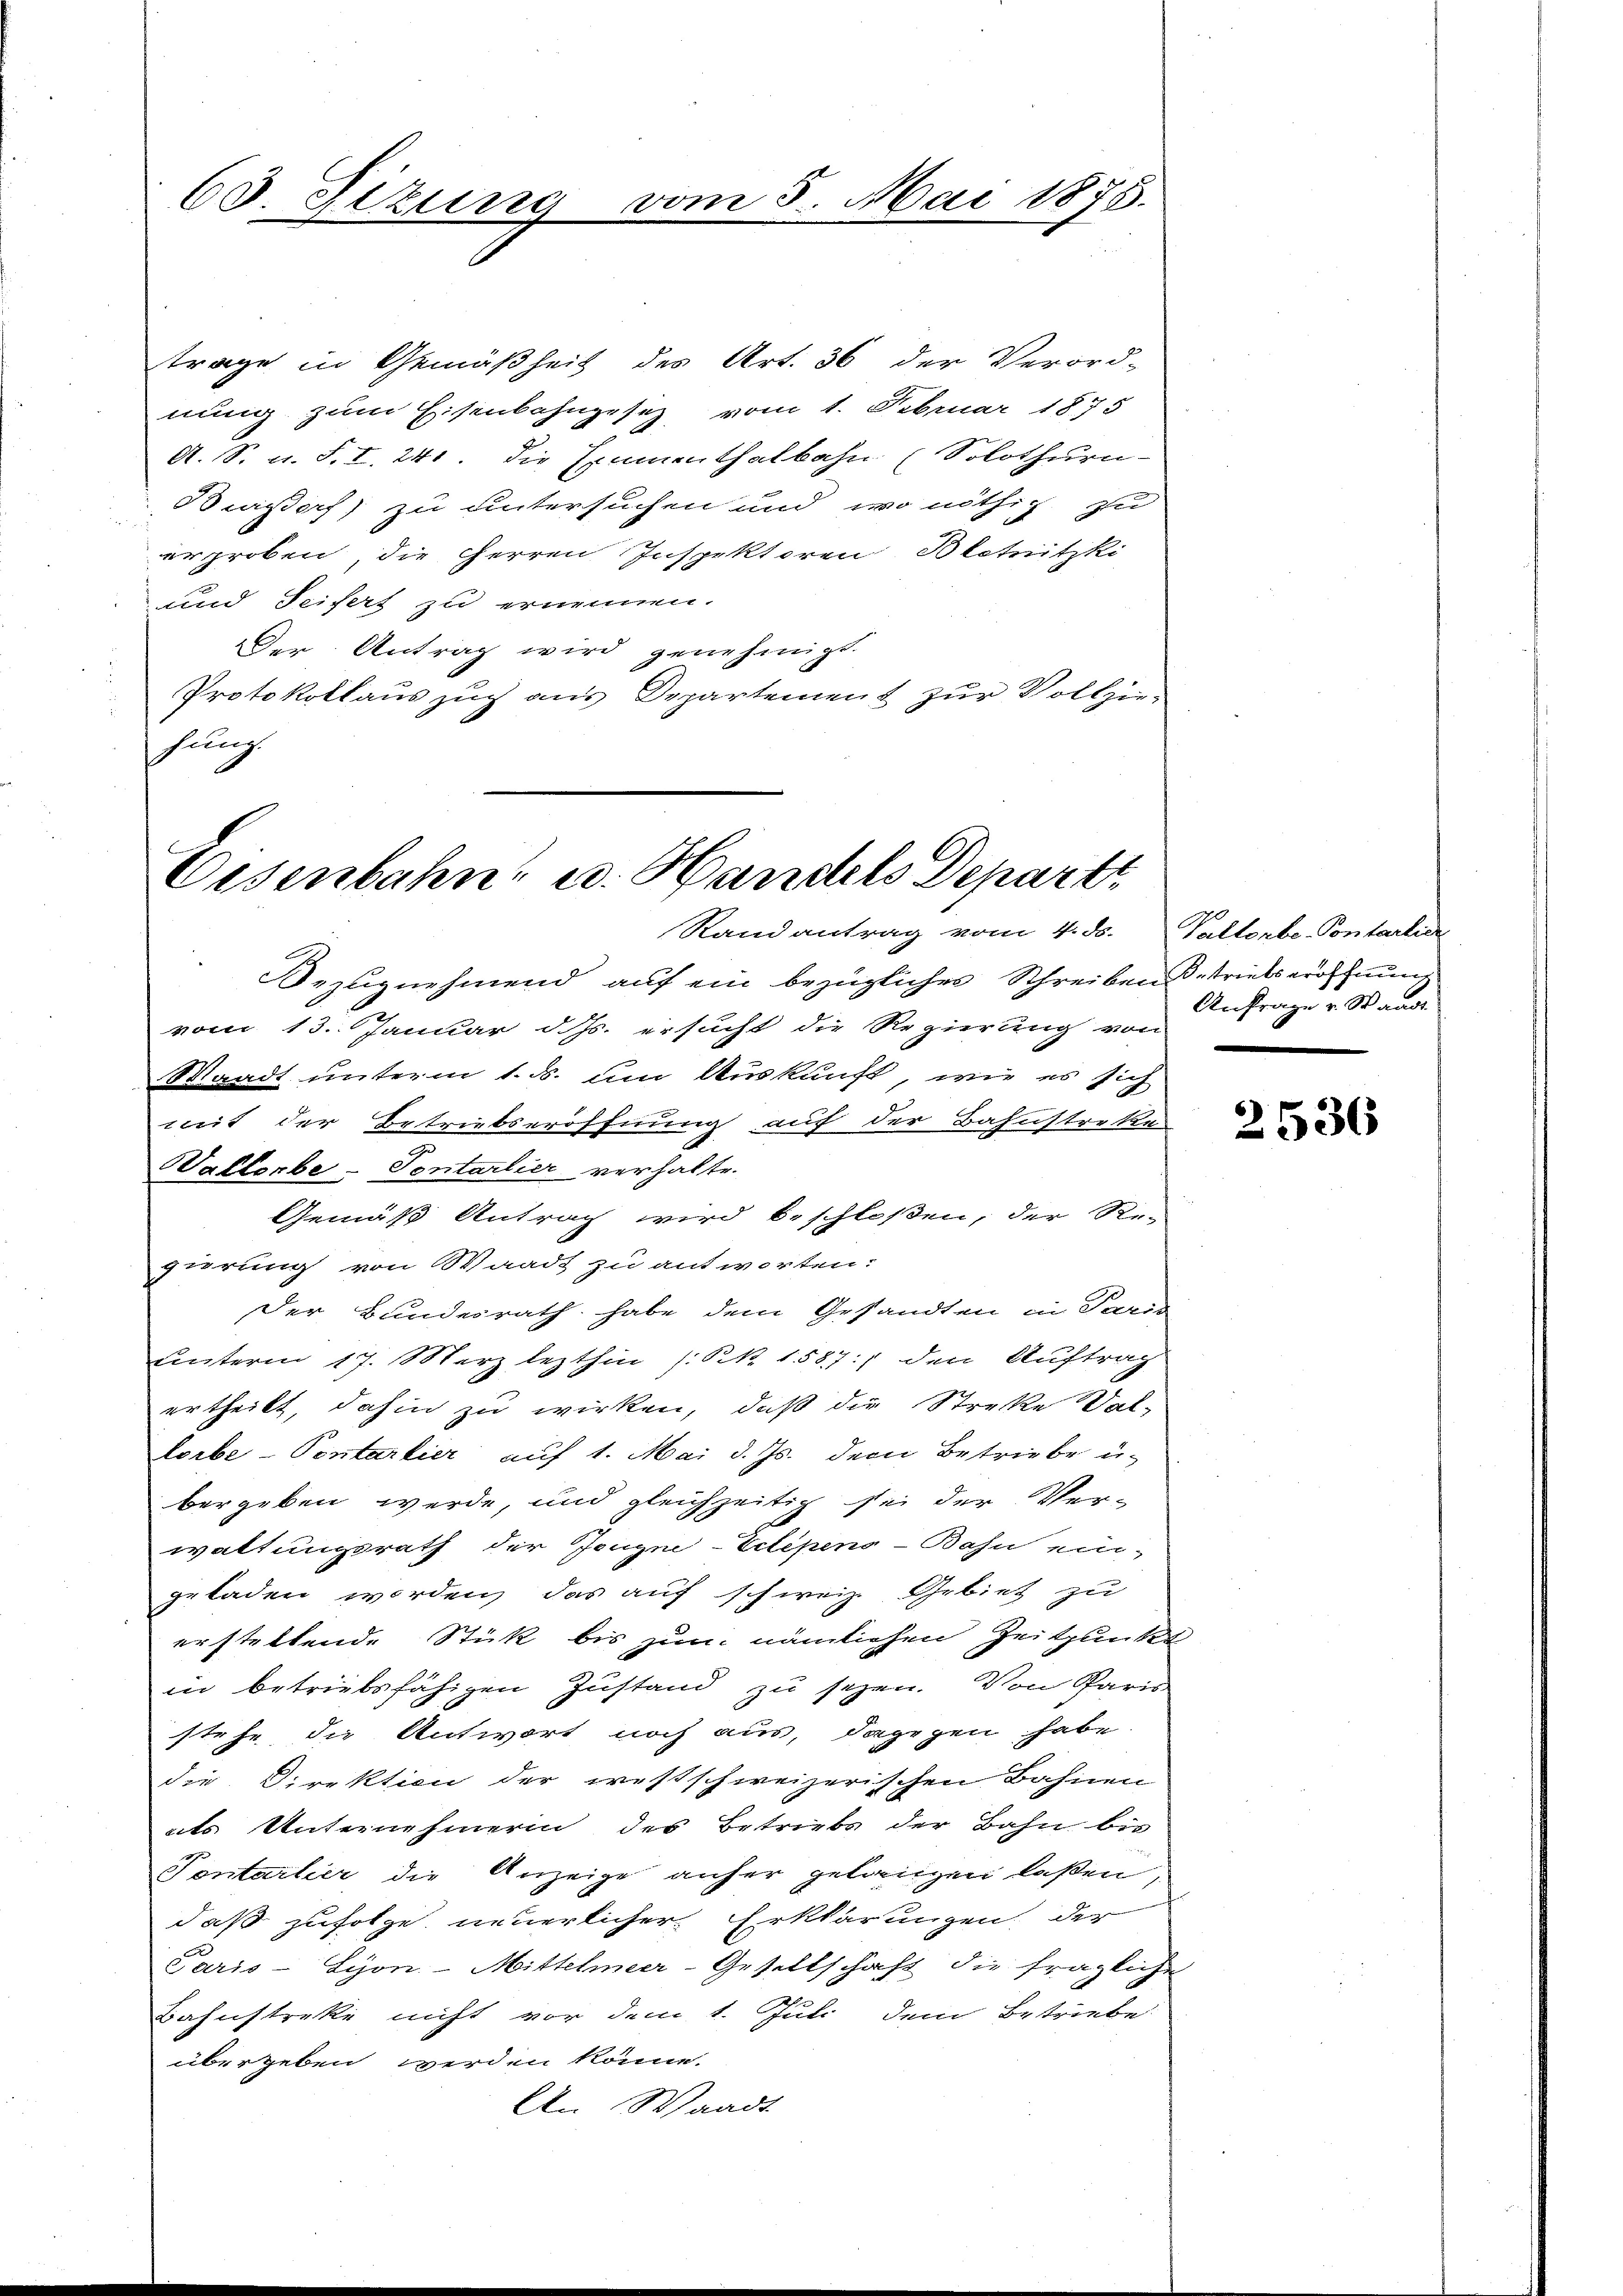
trage in Gemäßheit des Art. 36 der Verord-
nung zum Eisenbahngesetz vom 1. Februar 1875
A. S. u. S. I. 241. Die Examenthalbahn (Solothurn
Bisdorf zu untersuchen und wo nöthig zu
erproben, die Herren Inspektoren Blotnitzki
und Seifers zu ernennen.
Der Antrag wird genehmigt.
Protokollauszug aus Departement zur Vollziehung.

63. Sitzun

mn 5. Mai 1878.

Eisenbahn- u. Handels Departe
Randantrag vom 4. ds. Paltorbe-Pontarlier

Bezugnehmend auf ein bezüglicher Schreibenstriebseröffnung
vom 13. Januar d. Js. ersucht die Regierung von
Waadt unterm 1. ds. um Auskunft, wie es sich
mit der Betriebseröffnung auf der Bahnstretten
Vallerbe - Sontarlier verhalte.
Gemäß Antrag wird beschloßen, der Re-
girung von Waadt zu antworten:
Der Bundesrath habe dem Gesandten in Paris
unterm 17. März lezthin (S. 1587:) den Auftrag
ertheilt, dahin zu wirken, daß die Streke Val-
lorbe-Pontarlier auf 1. Mai d. Js. dem Betriebe u.
bergeben werde, und gleichzeitig sei der Verwaltungsrath der Zeugne-Eitépens-Bahn ein-
geladen worden, das auf schweiz. Gebiet zu
erstellende Stük bis zum nämlichen Zeitpunkt
in betriebsfähigen Zustand zu sezen. Von Paris
stehe die Antwort noch aus, dagegen habe.
die Direktion der westschweizerischen Bahnen
ats Unternehmerin des Betriebs der Bahn bis
Pontarlier die Anzeige anher gelangen laßen,
daß zufolge neuerlicher Erklärungen, der
Paris - Lyon-Mittelmeer-Gesellschaft die fragliche
Bahnstreke nicht vor dem 1. Juli dem Betriebe
übergeben werden könne.
An Waadt

Anfrage v. Standt

2536